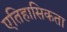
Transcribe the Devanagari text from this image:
एतिहासिकता